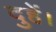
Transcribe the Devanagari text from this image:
दुहें।